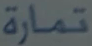
تمارَة